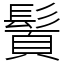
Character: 䰅